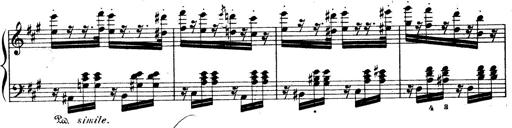
Title: Wagner-Liszt Album
Composer: Franz Liszt